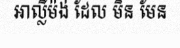
អាល្លឺម៉ង់ ដែល មិន មែន